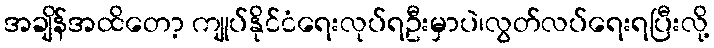
အချိန်အထိတော့ ကျုပ်နိုင်ငံရေးလုပ်ရဦးမှာပဲ၊လွတ်လပ်ရေးရပြီးလို့